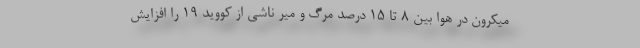
میکرون در هوا بین ۸ تا ۱۵ درصد مرگ و میر ناشی از کووید ۱۹ را افزایش